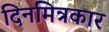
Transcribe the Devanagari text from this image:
दिनमित्रकार